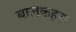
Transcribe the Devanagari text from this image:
बालकहरू